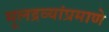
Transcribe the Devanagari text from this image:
मूलद्रव्यांप्रमाणे